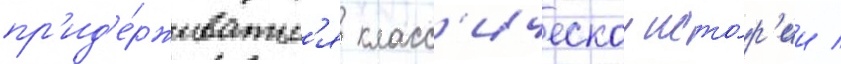
пр'ид'е́рживатьс'я класс'ическои исто́р'ии /